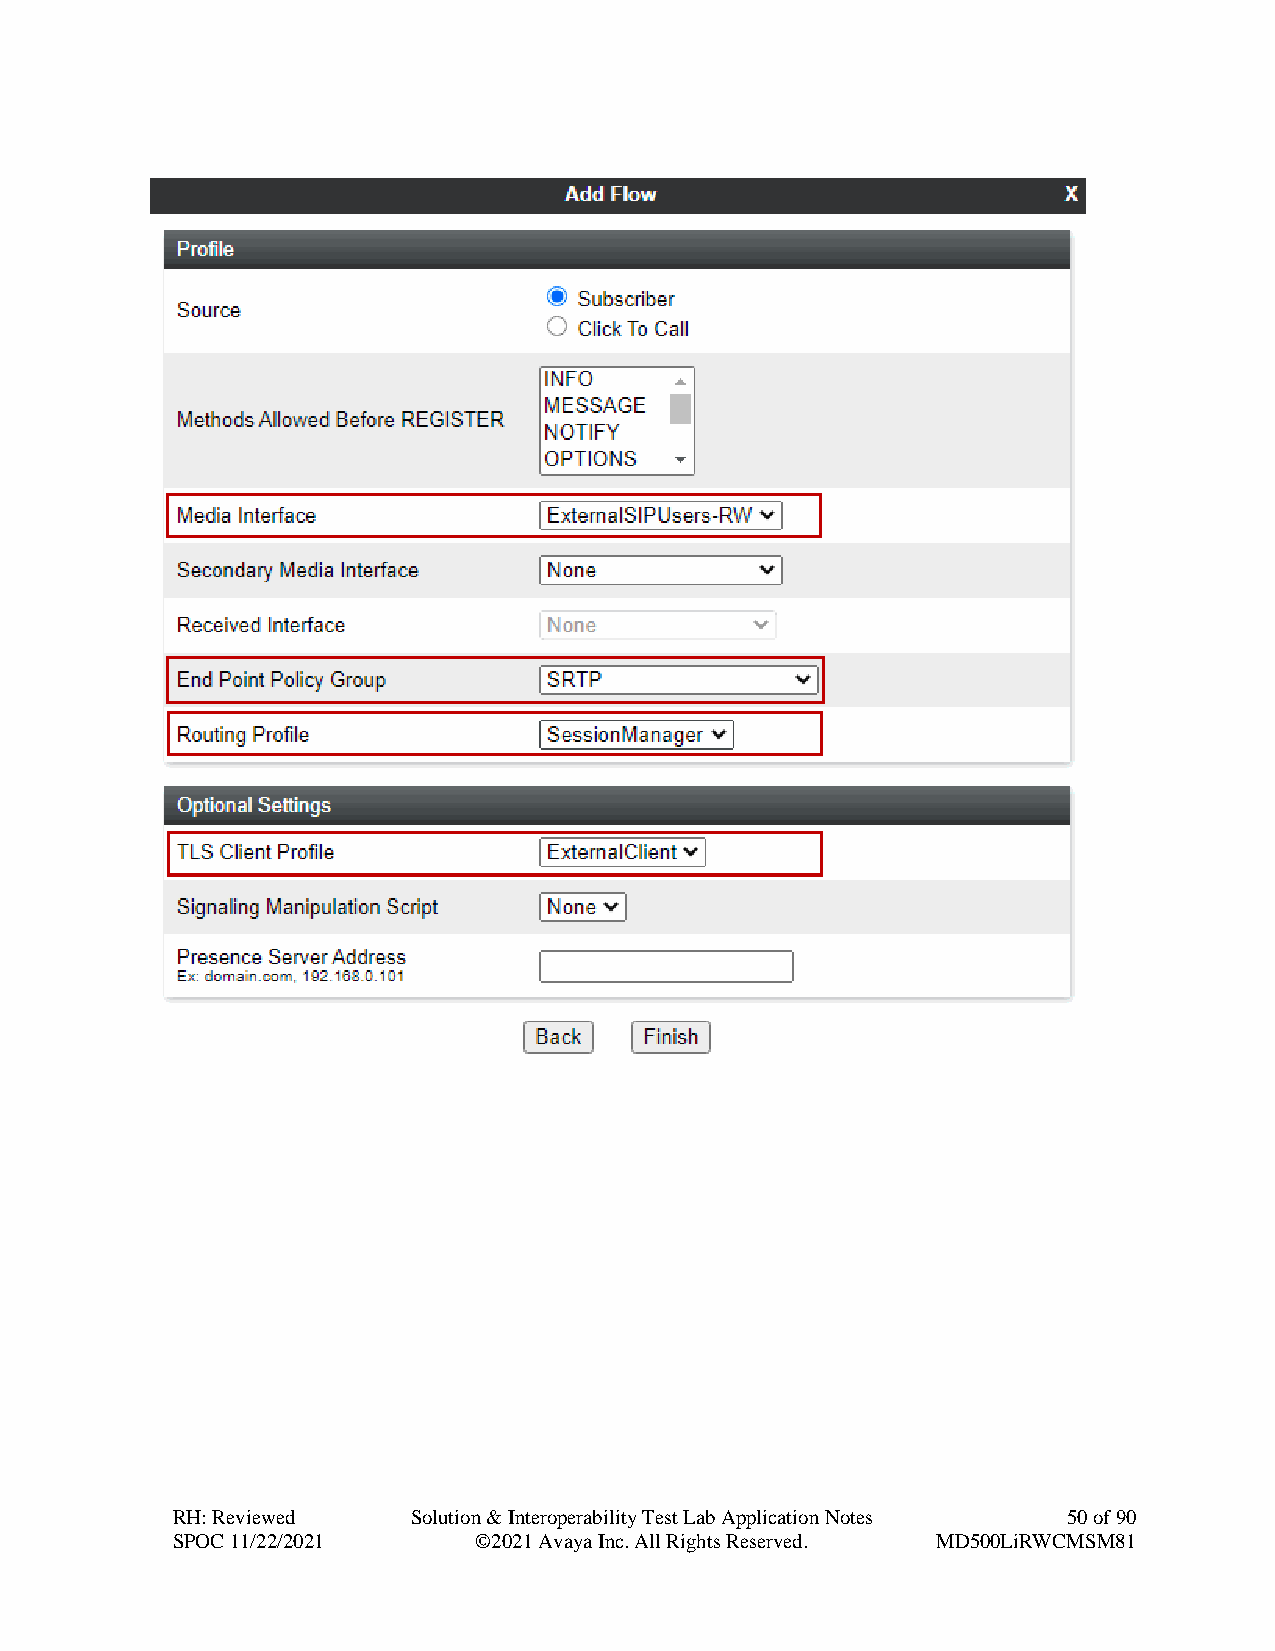
RH: Reviewed    Solution & Interoperability Test Lab Application Notes 50 of 90
 SPOC 11/22/2021     ©2021 Avaya Inc. All Rights Reserved. MD500LiRWCMSM81